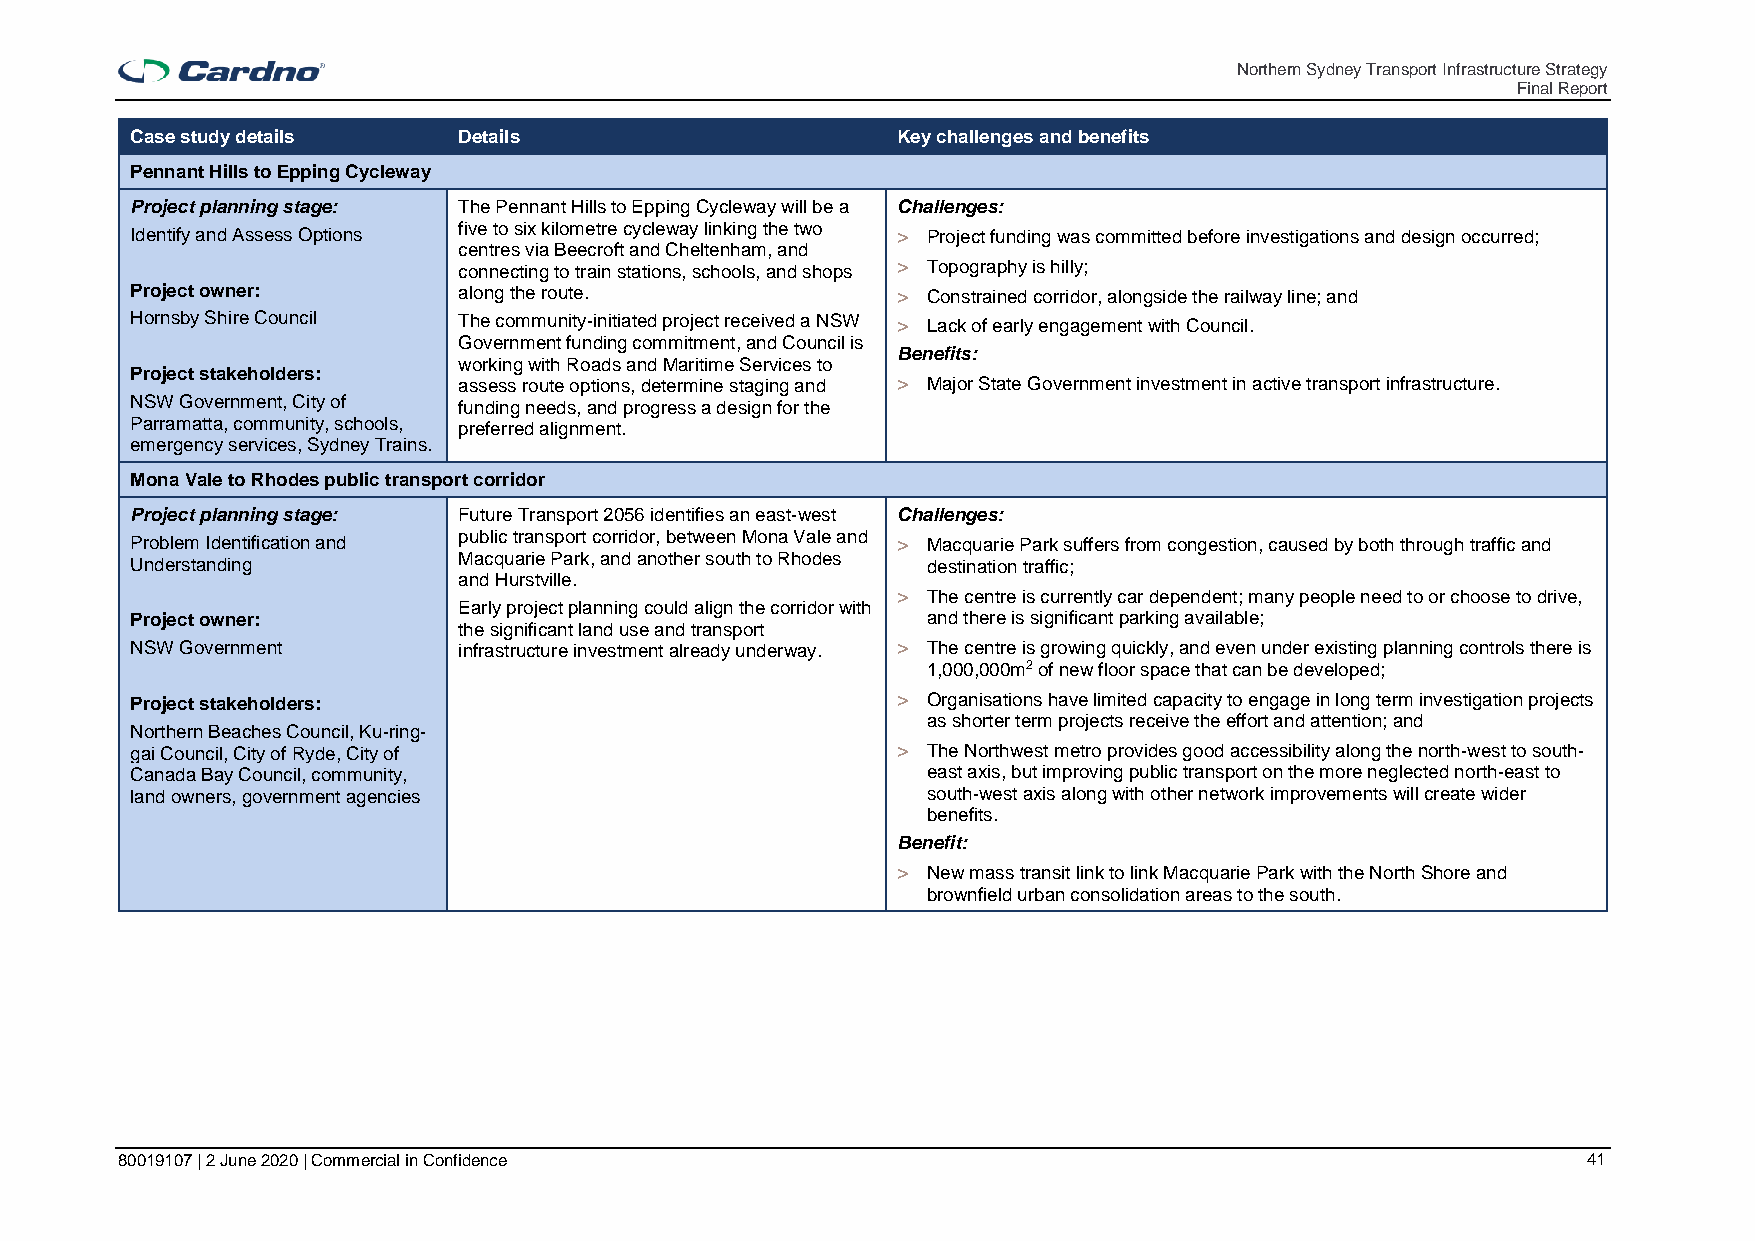
Northern Sydney Transport Infrastructure Strategy
 Final Report
 Case study details   Details                      Key challenges and benefits
 Pennant Hills to Epping Cycleway
 Project planning stage: The Pennant Hills to Epping Cycleway will be a Challenges:
 Identify and Assess Options five to six kilometre cycleway linking the two > Project funding was committed before investigations and design occurred;
 centres via Beecroft and Cheltenham, and
 connecting to train stations, schools, and shops > Topography is hilly;
 Project owner:       along the route.             > Constrained corridor, alongside the railway line; and
 Hornsby Shire Council The community-initiated project received a NSW > Lack of early engagement with Council.
 Government funding commitment, and Council is
 Benefits:
 working with Roads and Maritime Services to
 Project stakeholders:
 assess route options, determine staging and > Major State Government investment in active transport infrastructure.
 NSW Government, City of funding needs, and progress a design for the
 Parramatta, community, schools, preferred alignment.
 emergency services, Sydney Trains.
 Mona Vale to Rhodes public transport corridor
 Project planning stage: Future Transport 2056 identifies an east-west Challenges:
 Problem Identification and public transport corridor, between Mona Vale and > Macquarie Park suffers from congestion, caused by both through traffic and
 Understanding        Macquarie Park, and another south to Rhodes destination traffic;
 and Hurstville.
 > The centre is currently car dependent; many people need to or choose to drive,
 Early project planning could align the corridor with
 Project owner:                                      and there is significant parking available;
 the significant land use and transport
 NSW Government       infrastructure investment already underway. > The centre is growing quickly, and even under existing planning controls there is
 1,000,000m2 of new floor space that can be developed;
 Project stakeholders:                             > Organisations have limited capacity to engage in long term investigation projects
 as shorter term projects receive the effort and attention; and
 Northern Beaches Council, Ku-ring-
 gai Council, City of Ryde, City of                > The Northwest metro provides good accessibility along the north-west to south-
 Canada Bay Council, community,                      east axis, but improving public transport on the more neglected north-east to
 land owners, government agencies                    south-west axis along with other network improvements will create wider
 benefits.
 Benefit:
 > New mass transit link to link Macquarie Park with the North Shore and
 brownfield urban consolidation areas to the south.
 80019107 | 2 June 2020 | Commercial in Confidence                                                41